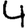
Digit: 4